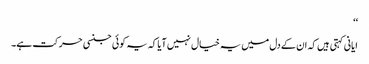
‘‘
ایانی کہتی ہیں کہ ان کے دل میں یہ خیال نہیں آیا کہ یہ کوئی جنسی حرکت ہے۔